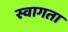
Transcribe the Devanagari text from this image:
स्वागता